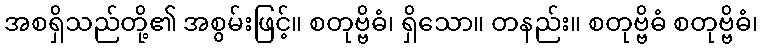
အစရှိသည်တို့၏ အစွမ်းဖြင့်။ စတုဗ္ဗိဓံ၊ ရှိသော။ တနည်း။ စတုဗ္ဗိဓံ စတုဗ္ဗိဓံ၊